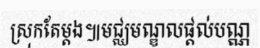
ស្រុកតែម្តង៕មជ្ឈមណ្ឌលផ្តល់បណ្ណ